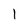
Character: l